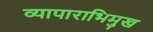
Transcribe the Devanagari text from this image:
व्यापाराभिमुख